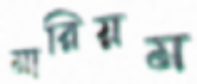
মারিয়ম